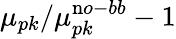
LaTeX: \mu_{pk}/\mu_{pk}^{\mathrm no-bb}-1